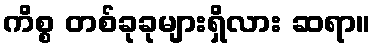
ကိစ္စ တစ်ခုခုများရှိလား ဆရာ။